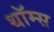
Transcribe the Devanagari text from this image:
थॉम्स